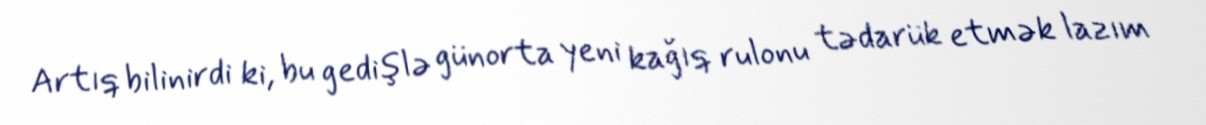
Artıq bilinirdi ki, bu gedişlə günorta yeni kağıq rulonu tədarük etmək lazım